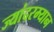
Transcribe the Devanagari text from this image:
ज्यांदरम्यान